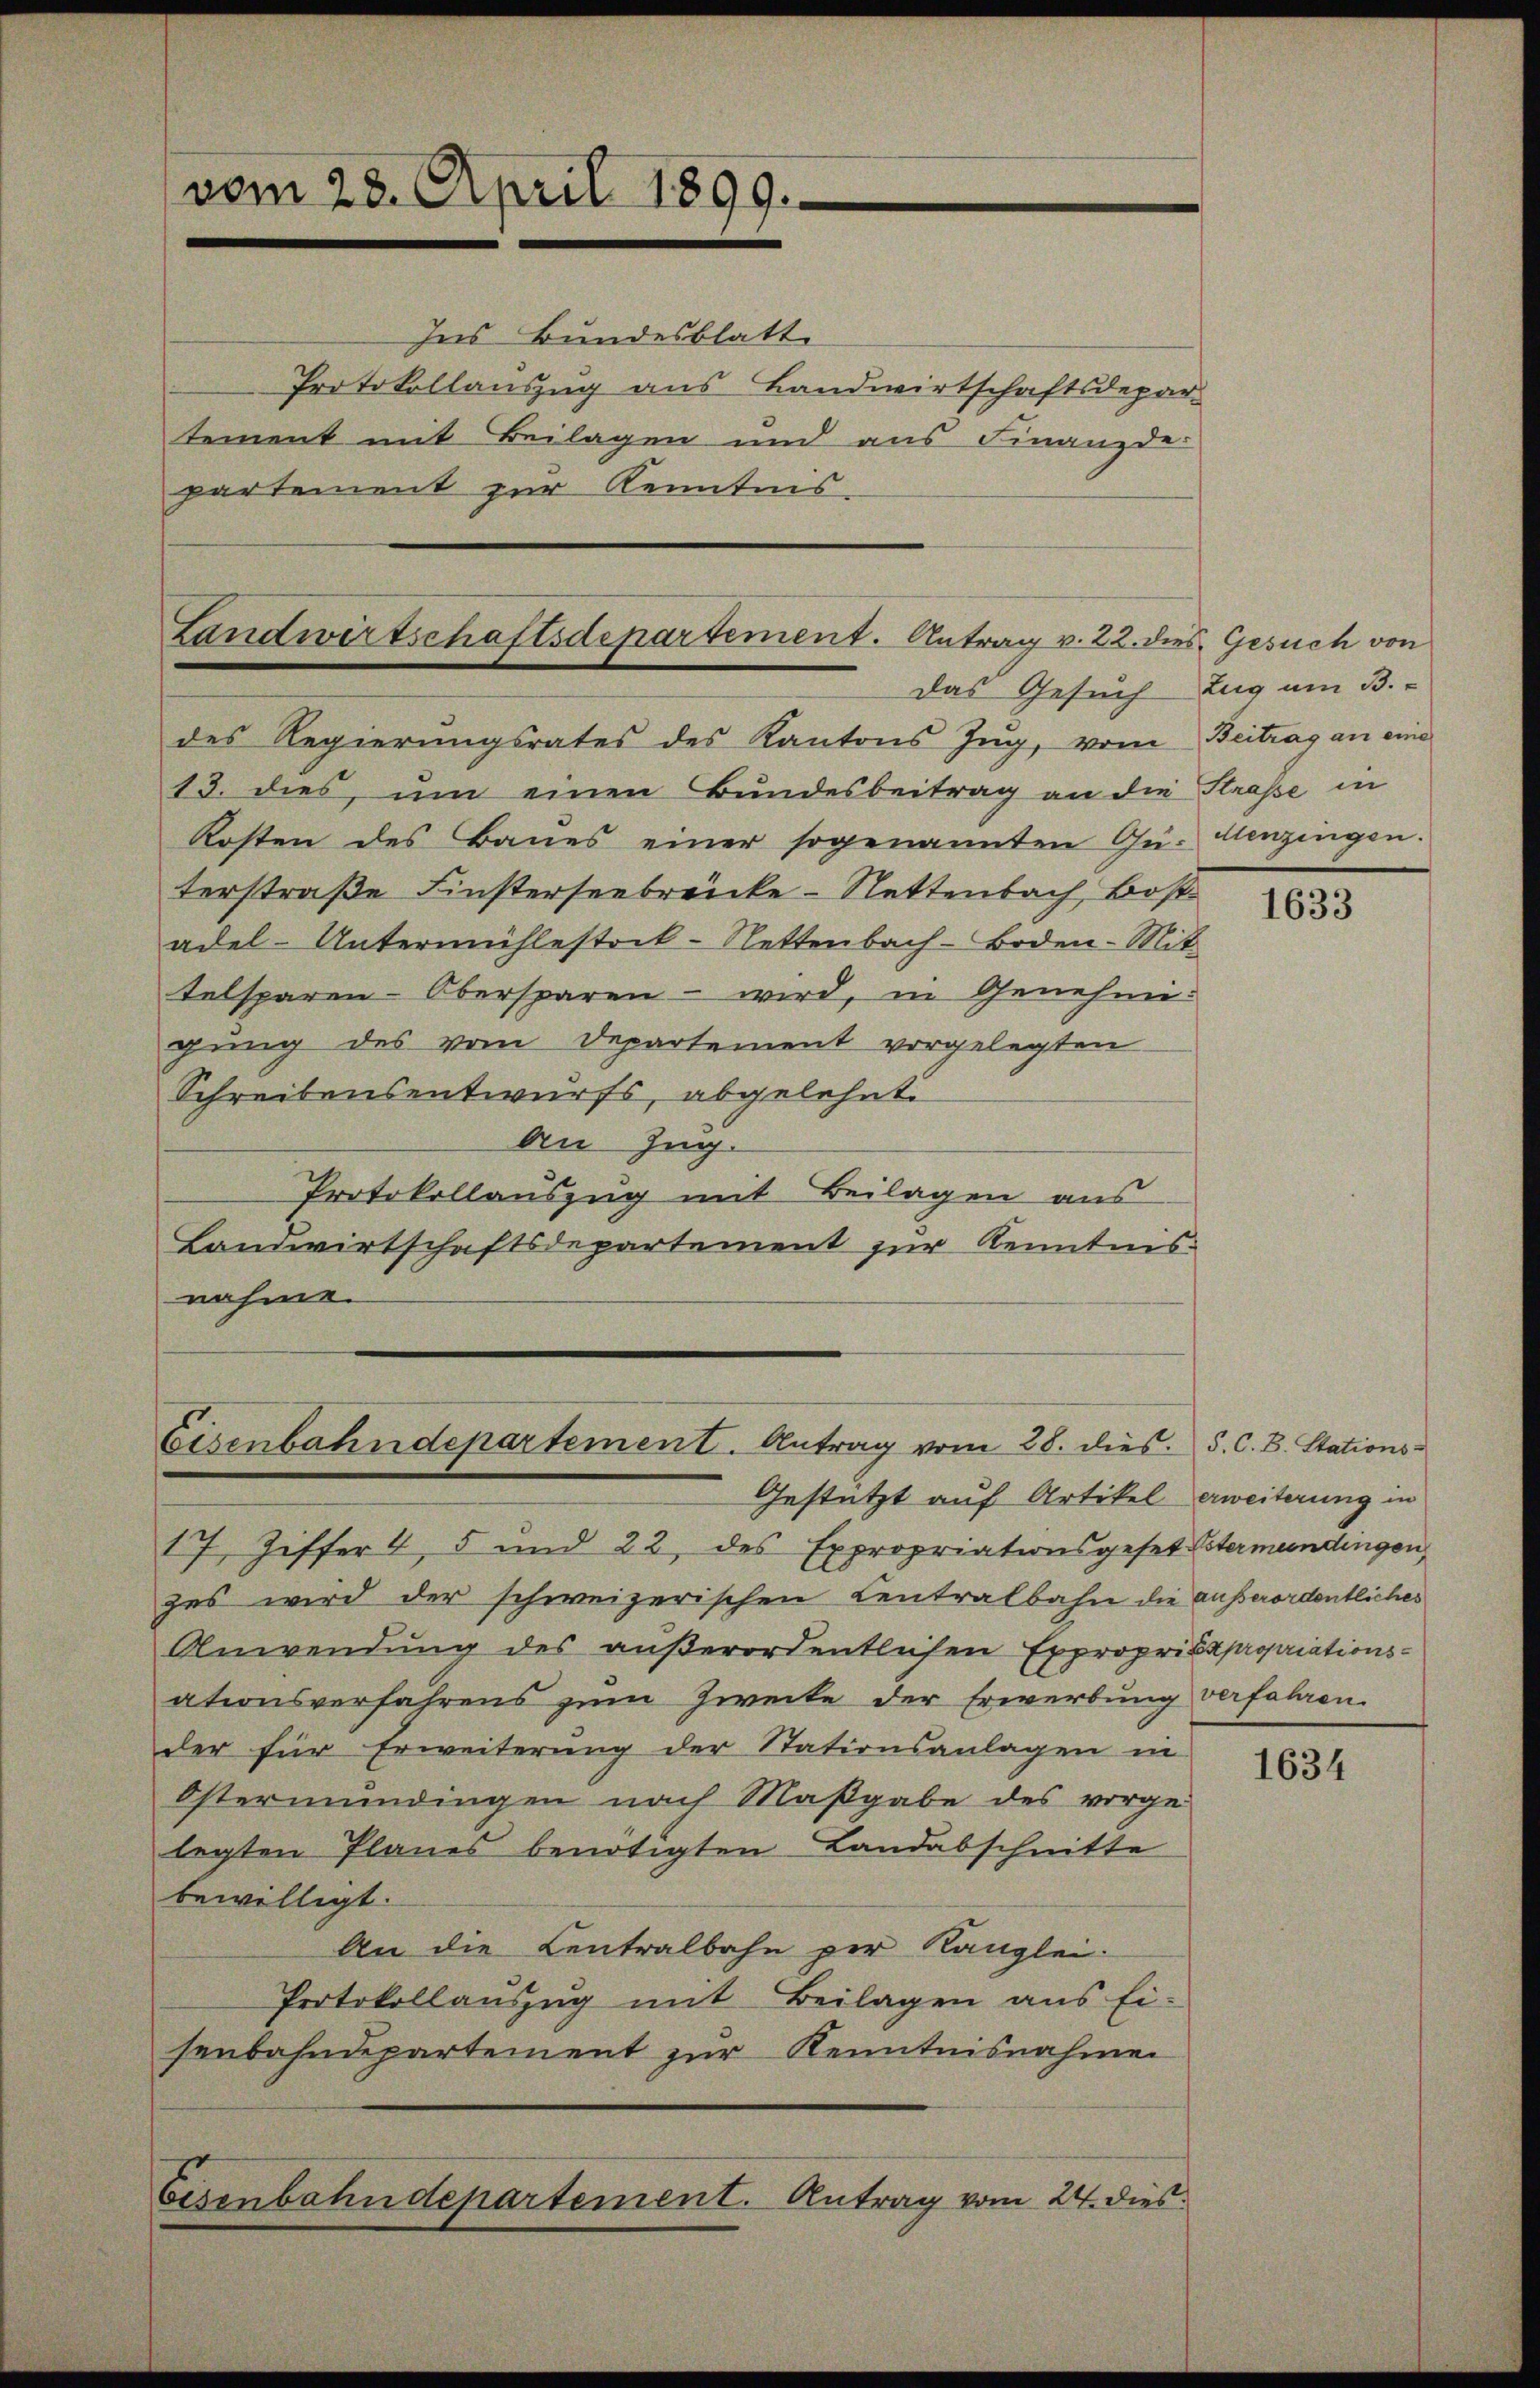
Landwirtschaftsdepartement. Antrag v. 22. dies Gesuch von

Eisenbahndepartement. Antrag vom 28. dies. S. C. B. Stations-
Gestützt auf Artikel erweiterung in

vom 28. April 1899.

Ins Bundesblatt
Protokollauszug aus Landwirtschaftsdepar
tement mit Beilagen und aus Finanzde-
partement zur Kenntnis-

des Regierungsrates des Kantons Zug, vom Beitrag an eine
13. dies ŭm einen Bundesbeitrag an die Straße in
Kosten des Baues einer sogenannten Gü- Menzingen.
terstraße Finsterseebrücke - Settenbach Bost
adel-Untermühlestock-Nettenbach-Boden-Mit
telsparen-Obersparen – wird, in Genehmigung des vom Departement vorgelegten
Schreibensentwurfs, abgelehnt.
An Zug.
Protokollauszug mit Beilagen aus
Landwirtschaftsdepartement zur Kenntnis
nahme.

17 Ziffer 4, 5 und 22 des Expropriationsgeset
zes wird der schweizerischen Centralbahn die
Anwendung des außerordentlichen Expropri
ationsverfahrens zum Zwecke der Erwerbung
der für Erweiterung der Stationsanlagen in
Östermündingen nach Maßgabe des vorge-
legten Planes benötigten Landabschnitte
bewilligt.
An die Centralbahn per Kanzlei.
Protokollauszug mit Beilagen aus Ei-
senbahndepartement zur Kenntnisnahmen
Eisenbahndepartement. Antrag vom 24. dies

das Gesuch Zug um B.

1633

Östermeindingen
außerordentliches
Expropriations-
verfahren.

1634